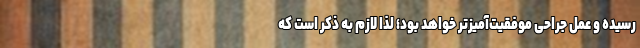
رسیده و عمل جراحی موفقیت‌آمیزتر خواهد بود؛ لذا لازم به ذکر است که